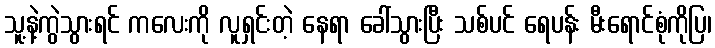
သူ့နဲ့ကွဲသွားရင် ကလေးကို လူရှင်းတဲ့ နေရာ ခေါ်သွားပြီး သစ်ပင် ရေပန်း မီးရောင်စုံကိုပြ၊